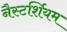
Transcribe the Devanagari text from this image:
नैस्टर्शियम